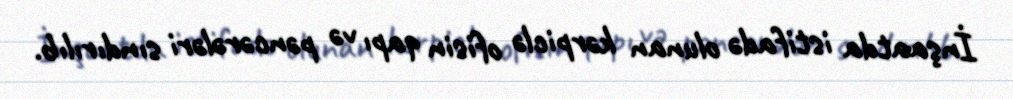
İnşaatda istifadə olunan kərpiclə ofisin qapı və pəncərələri sındırılıb.